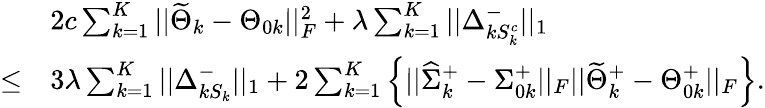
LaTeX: \begin{array}{rl}&{2c\sum_{k=1}^{K}||\widetilde{\Theta}_{k}-\Theta_{0k}||_{F}^{2}+\lambda\sum_{k=1}^{K}||\Delta_{kS_{k}^{c}}^{-}||_{1}}\\ {\leq}&{3\lambda\sum_{k=1}^{K}||\Delta_{kS_{k}}^{-}||_{1}+2\sum_{k=1}^{K}\Big\{ ||\widehat{\Sigma}_{k}^{+}-\Sigma_{0k}^{+}||_{F}||\widetilde{\Theta}_{k}^{+}-\Theta_{0k}^{+}||_{F}\Big\} .}\end{array}